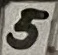
Text: 5